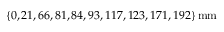
\{ 0 , 2 1 , 6 6 , 8 1 , 8 4 , 9 3 , 1 1 7 , 1 2 3 , 1 7 1 , 1 9 2 \} \, \mathrm { m m }